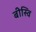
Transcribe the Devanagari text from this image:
बीस्वि